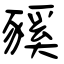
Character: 豯